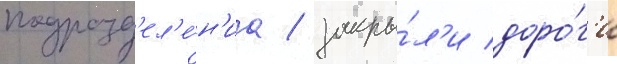
подразд'ел'е́н'иа / закры́л'и доро́г'и